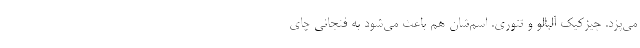
می‌پزد. چیزکیک آلبالو و تنوری. اسم‌شان هم باعث می‌شود به فنجانی چای